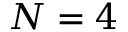
N = 4